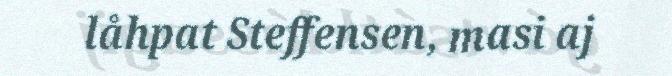
låhpat Steffensen, masi aj